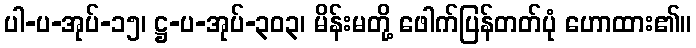
ပါ-ပ-အုပ်-၁၅၊ ဋ္ဌ-ပ-အုပ်-၃၀၃၊ မိန်းမတို့ ဖေါက်ပြန်တတ်ပုံ ဟောထား၏။